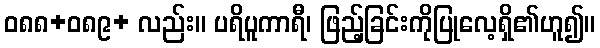
ဝ၈၈+၀၈၉+ လည်း။ ပရိပူကာရီ၊ ဖြည့်ခြင်းကိုပြုလေ့ရှိ၏ဟူ၍။